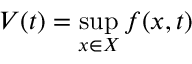
V ( t ) = \operatorname* { s u p } _ { x \in X } f ( x , t )